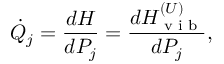
\dot { Q } _ { j } = \frac { d H } { d P _ { j } } = \frac { d H _ { \textrm { v i b } } ^ { ( U ) } } { d P _ { j } } ,